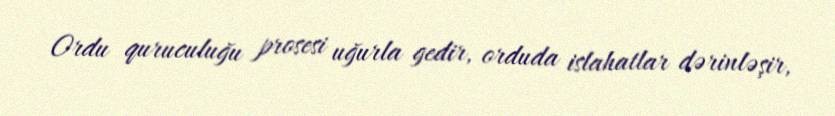
Ordu quruculuğu prosesi uğurla gedir, orduda islahatlar dərinləşir,